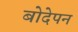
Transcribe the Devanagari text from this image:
बोदेपन